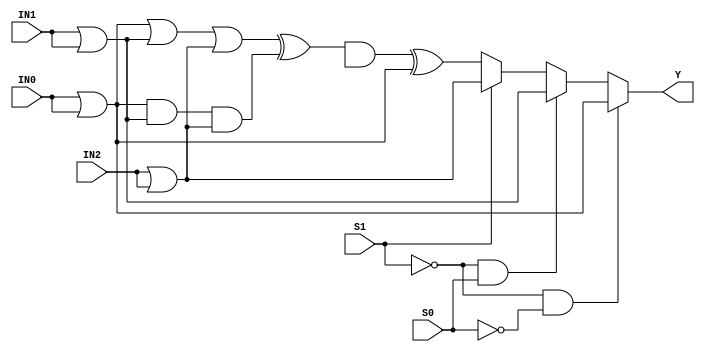
//------------------------------------------------------------
// Copyright 1992, 1993 Cascade Design Automation Corporation.
//------------------------------------------------------------
module newmux3(IN0,IN1,IN2,S0,S1,Y);
  parameter N = 32;
  parameter DPFLAG = 1;
  parameter GROUP = "dpath1";
  parameter BUFFER_SIZE = "DEFAULT";
  parameter
        d_Y = 1;
  input [(N - 1):0] IN0;
  input [(N - 1):0] IN1;
  input [(N - 1):0] IN2;
  input  S0;
  input  S1;
  output [(N - 1):0] Y;
  wire [(N - 1):0] IN0_temp;
  wire [(N - 1):0] IN1_temp;
  wire [(N - 1):0] IN2_temp;
  reg [(N - 1):0] Y_temp;
  reg [(N - 1):0] XX;
  assign IN0_temp = IN0|IN0;
  assign IN1_temp = IN1|IN1;
  assign IN2_temp = IN2|IN2;
  assign #(d_Y) Y = Y_temp;
  /*
  initial
    XX = 128'bx;
  */
  always
    @(IN0_temp or IN1_temp or IN2_temp or S0 or S1)
      begin
      if(((S1 == 1'b0) && (S0 == 1'b0)))
        Y_temp = IN0_temp;
      else      if(((S1 == 1'b0) && (S0 == 1'b1)))
        Y_temp = IN1_temp;
      else      if((S1 == 1'b1))
        Y_temp = IN2_temp;
      else
        Y_temp = (((((IN0_temp | IN1_temp) | IN2_temp) ^ ((IN0_temp & IN1_temp) & IN2_temp)) & XX) ^ IN0_temp);
      end
endmodule

//------------------------------------------------------------
// Copyright 1992, 1993 Cascade Design Automation Corporation.
//------------------------------------------------------------
module newmux3_1(IN0,IN1,IN2,S0,S1,Y);
  parameter N = 1;
  parameter DPFLAG = 1;
  parameter GROUP = "dpath1";
  parameter BUFFER_SIZE = "DEFAULT";
  parameter
        d_Y = 1;
  input [(N - 1):0] IN0;
  input [(N - 1):0] IN1;
  input [(N - 1):0] IN2;
  input  S0;
  input  S1;
  output [(N - 1):0] Y;
  wire [(N - 1):0] IN0_temp;
  wire [(N - 1):0] IN1_temp;
  wire [(N - 1):0] IN2_temp;
  reg [(N - 1):0] Y_temp;
  reg [(N - 1):0] XX;
  assign IN0_temp = IN0|IN0;
  assign IN1_temp = IN1|IN1;
  assign IN2_temp = IN2|IN2;
  assign #(d_Y) Y = Y_temp;
  /*
  initial
    XX = 128'bx;
  */
  always
    @(IN0_temp or IN1_temp or IN2_temp or S0 or S1)
      begin
      if(((S1 == 1'b0) && (S0 == 1'b0)))
        Y_temp = IN0_temp;
      else      if(((S1 == 1'b0) && (S0 == 1'b1)))
        Y_temp = IN1_temp;
      else      if((S1 == 1'b1))
        Y_temp = IN2_temp;
      else
        Y_temp = (((((IN0_temp | IN1_temp) | IN2_temp) ^ ((IN0_temp & IN1_temp) & IN2_temp)) & XX) ^ IN0_temp);
      end
endmodule


//------------------------------------------------------------
// Copyright 1992, 1993 Cascade Design Automation Corporation.
//------------------------------------------------------------
module newmux3_5(IN0,IN1,IN2,S0,S1,Y);
  parameter N = 5;
  parameter DPFLAG = 1;
  parameter GROUP = "dpath1";
  parameter BUFFER_SIZE = "DEFAULT";
  parameter
        d_Y = 1;
  input [(N - 1):0] IN0;
  input [(N - 1):0] IN1;
  input [(N - 1):0] IN2;
  input  S0;
  input  S1;
  output [(N - 1):0] Y;
  wire [(N - 1):0] IN0_temp;
  wire [(N - 1):0] IN1_temp;
  wire [(N - 1):0] IN2_temp;
  reg [(N - 1):0] Y_temp;
  reg [(N - 1):0] XX;
  assign IN0_temp = IN0|IN0;
  assign IN1_temp = IN1|IN1;
  assign IN2_temp = IN2|IN2;
  assign #(d_Y) Y = Y_temp;
  /*
  initial
    XX = 128'bx;
  */
  always
    @(IN0_temp or IN1_temp or IN2_temp or S0 or S1)
      begin
      if(((S1 == 1'b0) && (S0 == 1'b0)))
        Y_temp = IN0_temp;
      else      if(((S1 == 1'b0) && (S0 == 1'b1)))
        Y_temp = IN1_temp;
      else      if((S1 == 1'b1))
        Y_temp = IN2_temp;
      else
        Y_temp = (((((IN0_temp | IN1_temp) | IN2_temp) ^ ((IN0_temp & IN1_temp) & IN2_temp)) & XX) ^ IN0_temp);
      end
endmodule